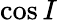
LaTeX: \cos I